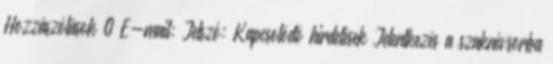
Hozzászólások 0 E-mail: Jelszó: Kapcsolódó hirdetések Jelentkezés a szaknévsorba